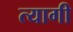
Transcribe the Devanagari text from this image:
त्‍यागी